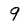
Character: 9